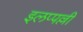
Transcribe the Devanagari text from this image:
इलप्पल्ली